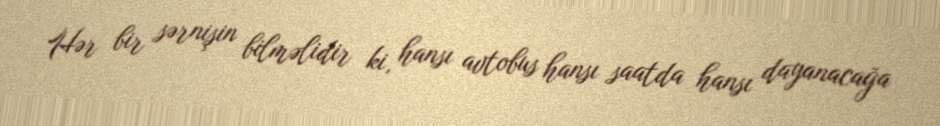
Hər bir sərnişin bilməlidir ki, hansı avtobus hansı saatda hansı dayanacağa